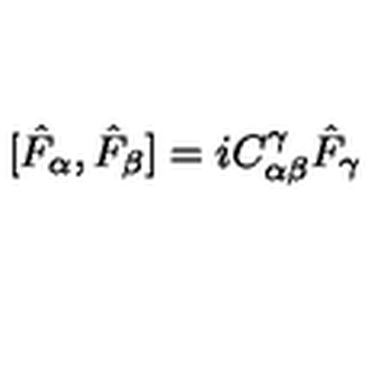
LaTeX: [ \hat { F } _ { \alpha } , \hat { F } _ { \beta } ] = i C _ { \alpha \beta } ^ { \gamma } \hat { F } _ { \gamma }